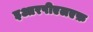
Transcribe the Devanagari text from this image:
इआरपीएलएफ़